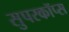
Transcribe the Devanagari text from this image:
सुपरकॉप्स